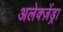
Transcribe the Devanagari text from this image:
अलेक्ज़ेंड्रा